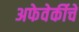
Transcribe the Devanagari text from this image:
अफेवेर्कीचे